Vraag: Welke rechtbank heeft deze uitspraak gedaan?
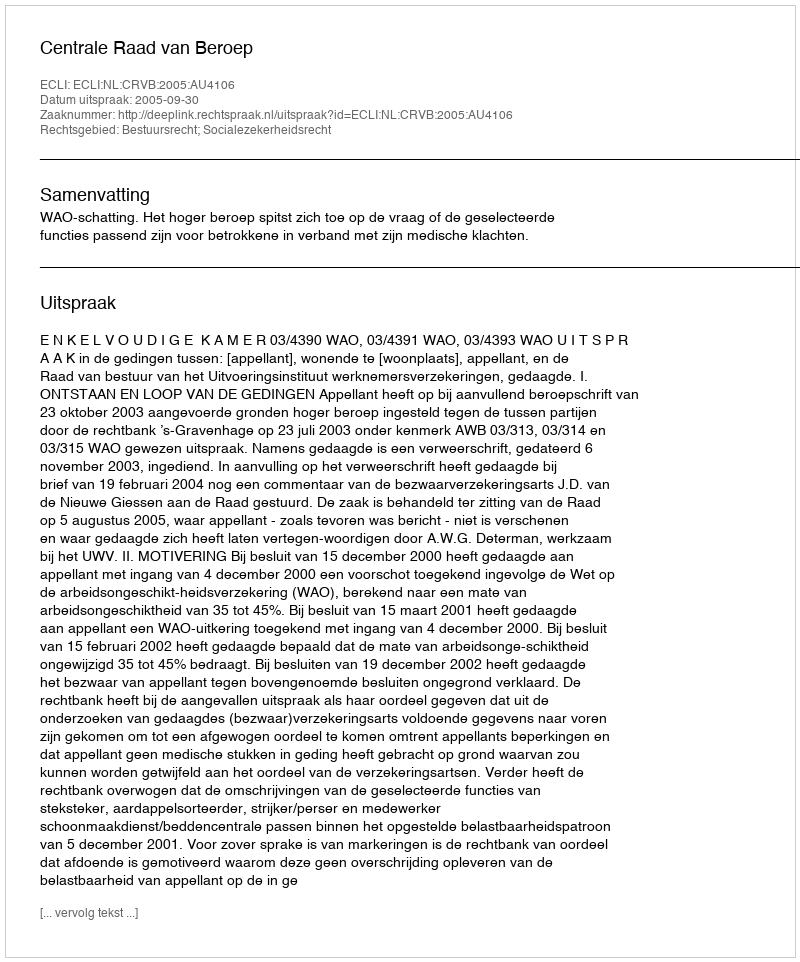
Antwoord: Centrale Raad van Beroep